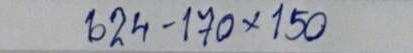
624 - 170 x 150